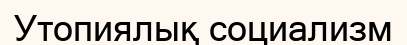
Утопиялық социализм